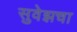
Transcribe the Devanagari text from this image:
सुवेझचा